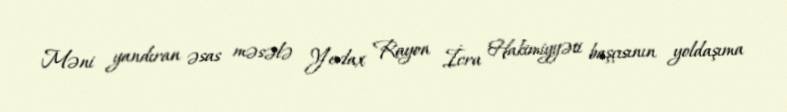
Məni yandıran əsas məsələ Yevlax Rayon İcra Hakimiyyəti başçısının yoldaşıma